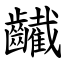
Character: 䶪